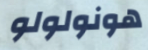
هونولولو